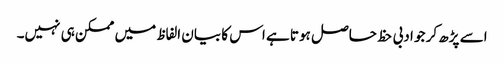
اسے پڑھ کر جو ادبی حظ حاصل ہوتا ہے اس کا بیان الفاظ میں ممکن ہی نہیں۔